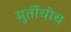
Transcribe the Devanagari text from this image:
मुर्तीचीच